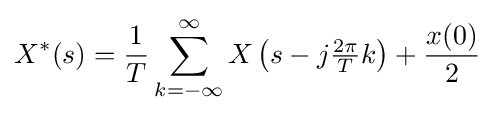
X^{*}(s)={\frac {1}{T}}\sum _{k=-\infty }^{\infty }X\left(s-j{\tfrac {2\pi }{T}}k\right)+{\frac {x(0)}{2}}